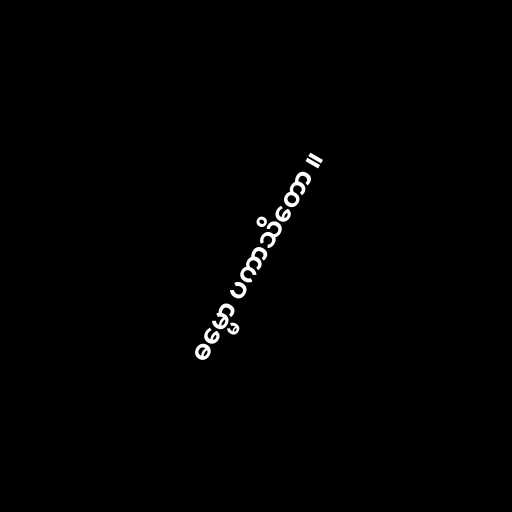
ဓမ္မော ပကာသိတော ။